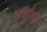
લાવતા